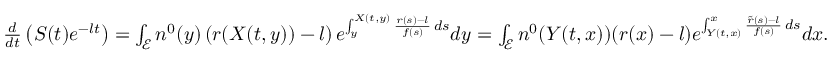
\begin{array} { r } { \frac { d } { d t } \left( S ( t ) e ^ { - l t } \right) = \int _ { \mathcal { E } } { n ^ { 0 } ( y ) \left( r ( X ( t , y ) ) - l \right) e ^ { \int _ { y } ^ { X ( t , y ) } { \frac { r ( s ) - l } { f ( s ) } \, d s } } d y } = \int _ { \mathcal { E } } { n ^ { 0 } ( Y ( t , x ) ) ( r ( x ) - l ) e ^ { \int _ { Y ( t , x ) } ^ { x } { \frac { \tilde { r } ( s ) - l } { f ( s ) } \, d s } } d x } . } \end{array}